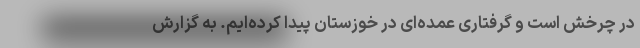
در چرخش است و گرفتاری عمده‌ای در خوزستان پیدا کرده‌ایم. به گزارش